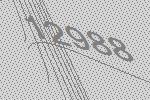
12988